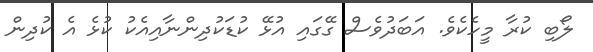
ލޯބި ކުރާ މީހެކެވެ. އަބަދުވެސް ގޭގައި އުޅޭ ކުޑަކުދިންނާއިއެކު ކުޅެ އެ ކުދިން